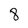
Character: 8